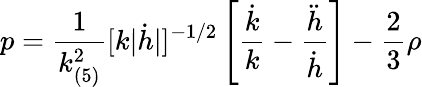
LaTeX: p=\frac{1}{k_{(5)}^{2}}[k|\dot{h}|]^{-1/2}\left[\frac{\dot{k}}{k}-\frac{\ddot{h}}{\dot{h}}\right]-\frac{2}{3}\rho